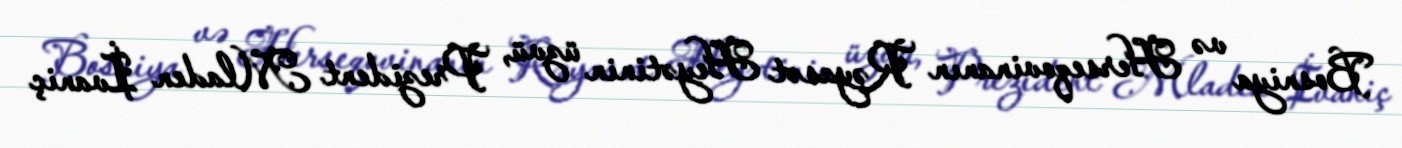
Bosniya və Herseqovinanın Rəyasət Heyətinin üzvü, Prezident Mladen İvaniç